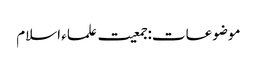
موضوعات:جمعیت علماء اسلام